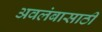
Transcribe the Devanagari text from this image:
अवलंबासाठी